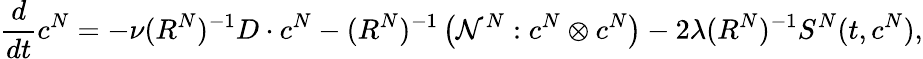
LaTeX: \frac{d}{dt}c^{N}=-\nu(R^{N})^{-1}D\cdot c^{N}-(R^{N})^{-1}\left(\mathcal{N}^{N}:c^{N}\otimes c^{N}\right)-2\lambda(R^{N})^{-1}S^{N}(t,c^{N}),